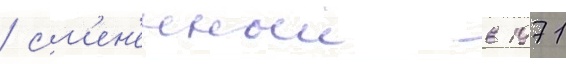
/ см'ен'енныи в 1971